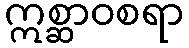
ဣစ္ဆာဝစရာ